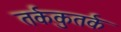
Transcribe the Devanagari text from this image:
तर्ककुतर्क